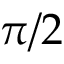
\pi / 2